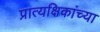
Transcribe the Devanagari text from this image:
प्रात्यक्षिकांच्या